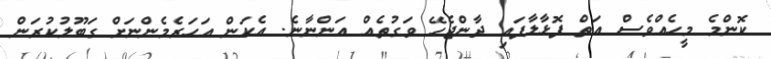
ކޮންމެ މީހެއްވެސް އަތް ފޮޅާލާފައި ދާންޖެހޭ ވަގުތެއް އަންނާނެ. އެކަން އަހަރެމެންނަށް ގަބޫލުކުރަން